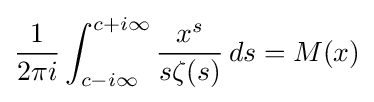
{\frac {1}{2\pi i}}\int _{c-i\infty }^{c+i\infty }{\frac {x^{s}}{s\zeta (s)}}\,ds=M(x)